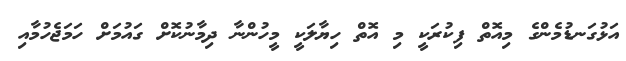
އަޅުގަނޑުމެންގެ މިއޮތް ފިކުރަކީ މި އޮތް ހިޔާލަކީ މީހުންނާ ދިމާނުކޮށް ގައުމަށް ހަމަޖެހުމާއި